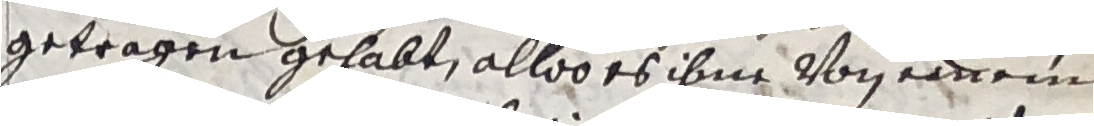
getragen gehabt, alloo es ihne von einem